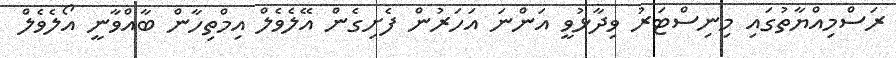
ރަސްމިއްޔާތުގައި މިނިސްޓަރު ވިދާޅުވީ އަންނަ އަހަރުން ފެށިގެން އޭލެވެލް އިމްތިހާން ބާއްވާނީ އޯލެވެލް